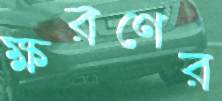
ক্ষরণের